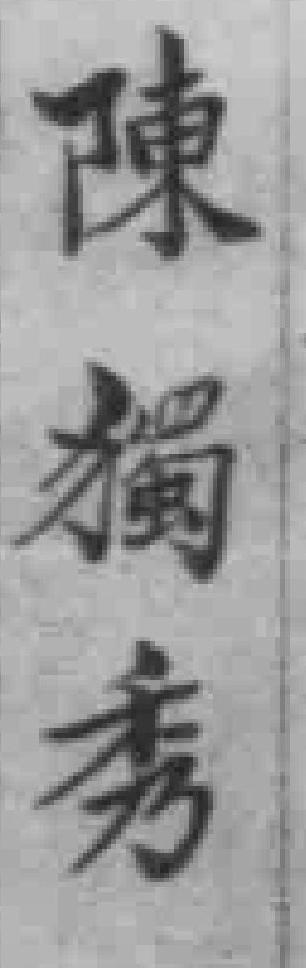
陳獨秀